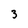
Character: 3